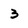
Character: 3